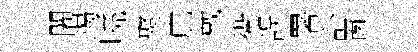
闍竭曉聚庇戴衢誤署訃窗